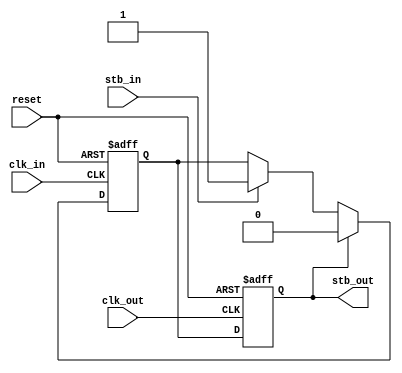
// strobe extender (to transfer a strobe from a fast to the slow clock domain)
// Initial: 201707xx
// Updated: 20171013
// Reset added: 20180122
// usage:
// stb_extender stb_ext_inst1 ( clk_10M, clk_1k, stb_01s_domain_10M, stb_01s_domain_1k);


module stb_extender (

input reset,

// fast clock domain
input clk_in,
input stb_in,

// slow clock domain
input clk_out,
output stb_out 
);

reg reg_stb_in, reg_stb_out;

assign stb_out = reg_stb_out;

always @ (posedge clk_in or posedge reset)
 if (reset)        reg_stb_in <= 0;
  else
    begin
      if (stb_in)  reg_stb_in <= 1;
      if (stb_out) reg_stb_in <= 0;
    end

always @ (posedge clk_out or posedge reset)
 if (reset) reg_stb_out <= 0;
  else      reg_stb_out <= reg_stb_in;
 
 
endmodule